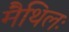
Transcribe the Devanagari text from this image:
मैथिलः